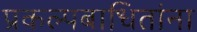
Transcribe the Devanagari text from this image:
प्रकल्पबाधितांना